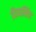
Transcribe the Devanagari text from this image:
दिव्यसिंह